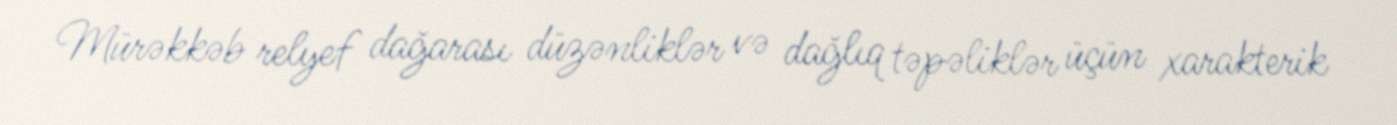
Mürəkkəb relyef dağarası düzənliklər və dağlıq təpəliklər üçün xarakterik